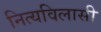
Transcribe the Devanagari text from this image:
नित्यविलासी